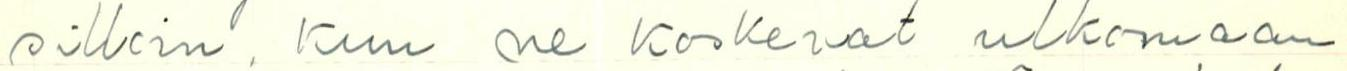
silloin, kun ne koskevat ulkomaan